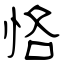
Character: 恪